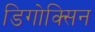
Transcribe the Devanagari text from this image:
डिगोक्सिन